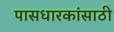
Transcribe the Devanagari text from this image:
पासधारकांसाठी